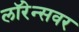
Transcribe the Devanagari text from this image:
लॉरेन्सवर